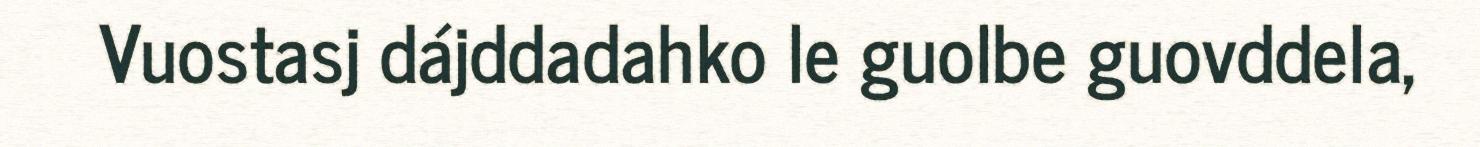
Vuostasj dájddadahko le guolbe guovddela,